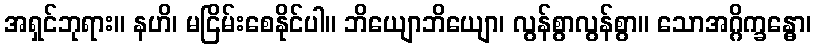
အရှင်ဘုရား။ နဟိ၊ မငြိမ်းစေနိုင်ပါ။ ဘိယျောဘိယျော၊ လွန်စွာလွန်စွာ။ သောအဂ္ဂိက္ခန္ဓော၊